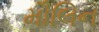
મૌલિન